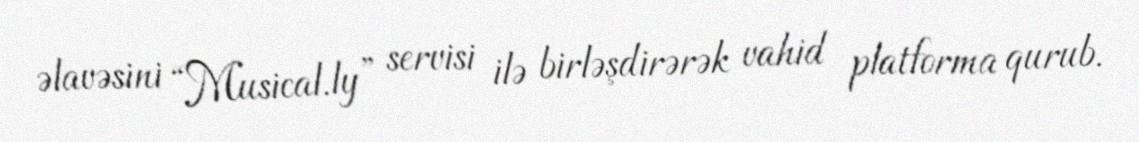
əlavəsini “Musical.ly” servisi ilə birləşdirərək vahid platforma qurub.